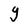
Character: Y